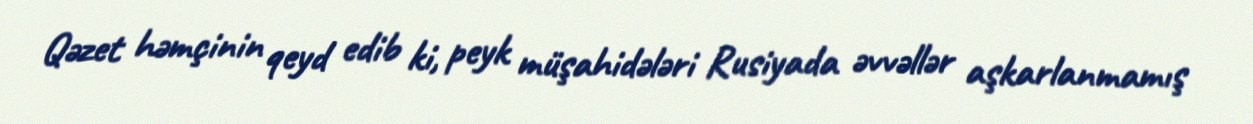
Qəzet həmçinin qeyd edib ki, peyk müşahidələri Rusiyada əvvəllər aşkarlanmamış